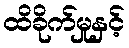
ထိခိုက်မှုနှင့်